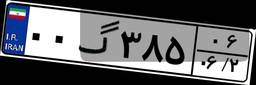
۰۳گ۵۹۳۴۶